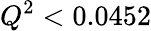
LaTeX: Q^{2}<0.0452